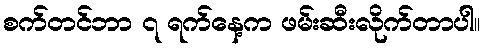
စက်တင်ဘာ ၇ ရက်နေ့က ဖမ်းဆီးလိုက်တာပါ။